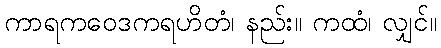
ကာရကဝေဒကရဟိတံ၊ နည်း။ ကထံ၊ လျှင်။